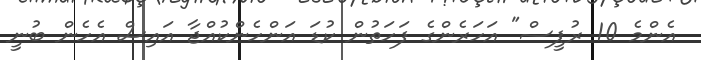
އެންމެ 10 ރުޕީސް" އަހަރެންގެ ފަހަތުން ކުޑަ އަންހެންކުއްޖާ އައިސް އެހެން ބުނީ